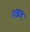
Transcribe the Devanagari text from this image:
रखव